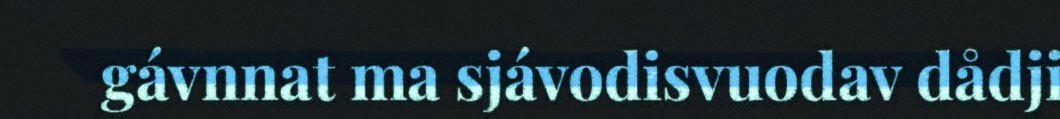
gávnnat ma sjávodisvuodav dådji